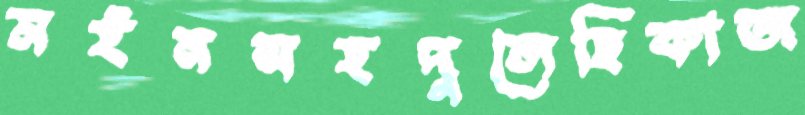
মইনসহদুলেছিকাজ